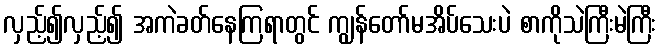
လှည့်၍လှည့်၍ အကဲခတ်နေကြရာတွင် ကျွန်တော်မအိပ်သေးပဲ စာကိုသဲကြီးမဲကြီး